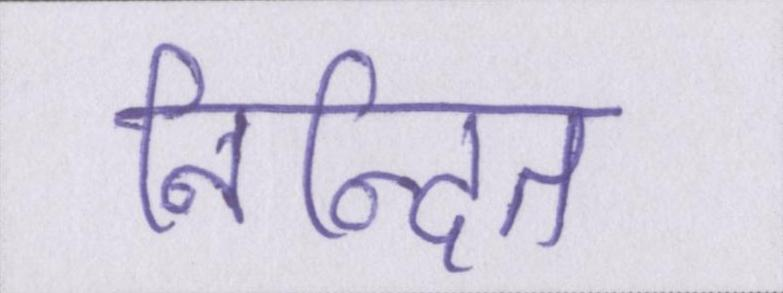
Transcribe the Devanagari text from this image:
निन्दित